Civil Veterinary Dept. Bombay admin report 1914-1922 - 1914-1922
Year: 1914
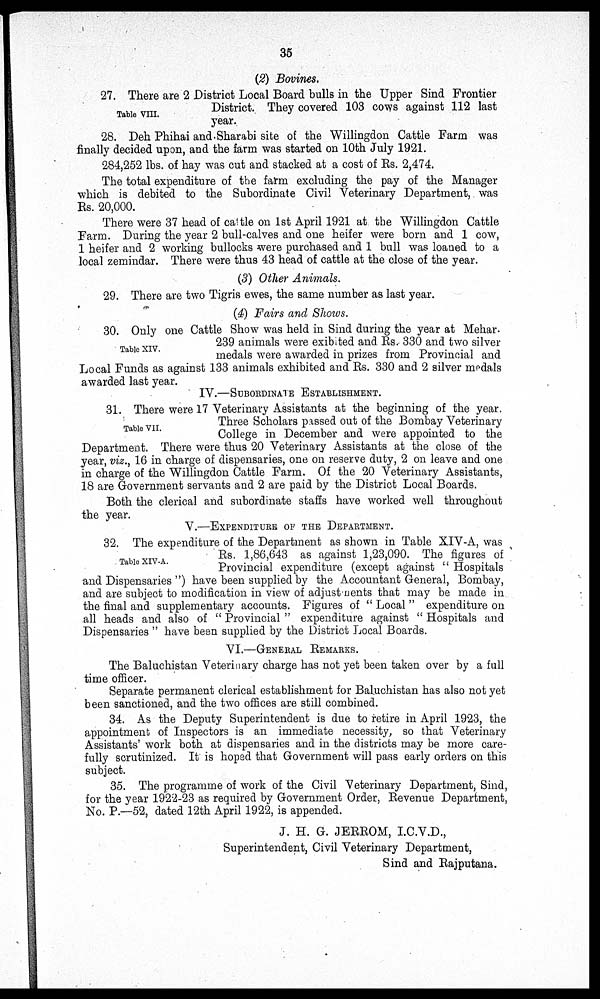
35
(2) Bovines.
Table VIII.
27. There are 2 District Local Board bulls in the Upper Sind Frontier
District. They covered 103 cows against 112 last
year.
28. Deh Phihai and Sharabi site of the Willingdon Cattle Farm was
finally decided upon, and the farm was started on 10th July 1921.
284,252 lbs. of hay was cut and stacked at a cost of Rs. 2,474.
The total expenditure of the farm excluding the pay of the Manager
which is debited to the Subordinate Civil Veterinary Department, was
Rs. 20,000.
There were 37 head of cattle on 1st April 1921 at the Willingdon Cattle
Farm. During the year 2 bull-calves and one heifer were born and 1 cow,
1 heifer and 2 working bullocks were purchased and 1 bull was loaned to a
local zemindar. There were thus 43 head of cattle at the close of the year.
(3) Other Animals.
29. There are two Tigris ewes, the same number as last year.
(4) Fairs and Shows.
Table XIV.
30. Only one Cattle Show was held in Sind during the year at Mehar.
239 animals were exibited and Rs. 330 and two silver
medals were awarded in prizes from Provincial and
Local Funds as against 133 animals exhibited and Rs. 330 and 2 silver medals
awarded last year.
IV.—SUBORDINATE ESTABLISHMENT .
Table VII.
31. There were 17 Veterinary Assistants at the beginning of the year.
Three Scholars passed out of the Bombay Veterinary
College in December and were appointed to the
Department. There were thus 20 Veterinary Assistants at the close of the
year, viz., 16 in charge of dispensaries, one on reserve duty, 2 on leave and one
in charge of the Willingdon Cattle Farm. Of the 20 Veterinary Assistants,
18 are Government servants and 2 are paid by the District Local Boards.
Both the clerical and subordinate staffs have worked well throughout
the year.
V.—EXPENDITURE OF THE DEPARTMENT.
Table XIV-A.
32. The expenditure of the Department as shown in Table XIV-A, was
Rs. 1,86,643 as against 1,23,090. The figures of
Provincial expenditure (except against " Hospitals
and Dispensaries ") have been supplied by the Accountant General, Bombay,
and are subject to modification in view of adjustments that may be made in
the final and supplementary accounts. Figures of " Local " expenditure on
all heads and also of " Provincial " expenditure against " Hospitals and
Dispensaries " have been supplied by the District Local Boards.
VI.—GENERAL REMARKS.
The Baluchistan Veterinary charge has not yet been taken over by a full
time officer.
Separate permanent clerical establishment for Baluchistan has also not yet
been sanctioned, and the two offices are still combined.
34. As the Deputy Superintendent is due to retire in April 1923, the
appointment of Inspectors is an immediate necessity, so that Veterinary
Assistants' work both at dispensaries and in the districts may be more care-
fully scrutinized. It is hoped that Government will pass early orders on this
subject.
35. The programme of work of the Civil Veterinary Department, Sind,
for the year 1922-23 as required by Government Order, Revenue Department,
No. P.—52, dated 12th April 1922, is appended.
J. H. G. JERROM, I.C.V.D.,
Superintendent, Civil Veterinary Department,
Sind and Rajputana.